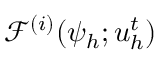
\mathcal { F } ^ { ( i ) } ( \psi _ { h } ; \boldsymbol { u } _ { h } ^ { t } )